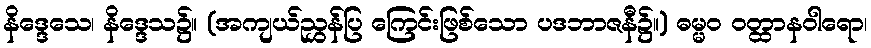
နိဒ္ဒေသေ၊ နိဒ္ဒေသ၌။ (အကျယ်ညွှန်ပြ ကြေင်းဖြစ်သော ပဒဘာဇနီ၌။) ဓမ္မဝ ဝတ္ထာနဝါရော၊